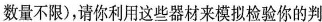
数量不限)，请你利用这些器材来模拟检验你的判